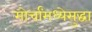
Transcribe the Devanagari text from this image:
मोर्चांमध्येसुद्धा